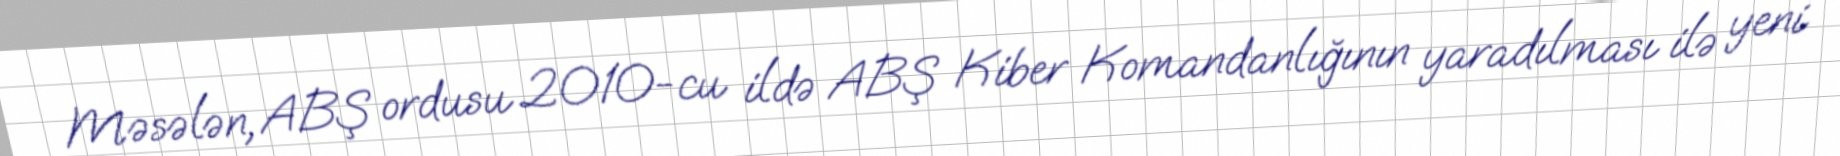
Məsələn, ABŞ ordusu 2010-cu ildə ABŞ Kiber Komandanlığının yaradılması ilə yeni